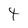
Character: 4